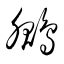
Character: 鵩